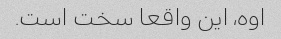
اوه، این واقعا سخت است.